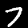
Label: 7